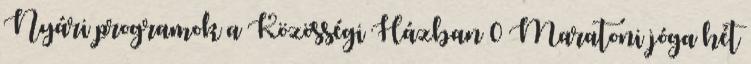
Nyári programok a Közösségi Házban 0 Maratoni jóga hét